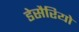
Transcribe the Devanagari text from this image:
डेसैरियो